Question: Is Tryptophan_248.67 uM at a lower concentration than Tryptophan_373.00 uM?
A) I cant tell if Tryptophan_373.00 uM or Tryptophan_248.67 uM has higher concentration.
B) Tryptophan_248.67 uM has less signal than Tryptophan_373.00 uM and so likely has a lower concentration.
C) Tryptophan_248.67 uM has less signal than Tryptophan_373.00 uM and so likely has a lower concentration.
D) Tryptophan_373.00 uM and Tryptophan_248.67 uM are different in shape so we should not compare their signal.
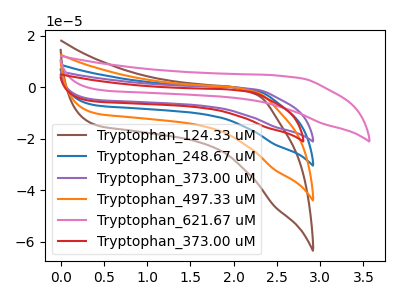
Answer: <think>The brown curve "Tryptophan_124.33 uM" has no peaks. The blue curve "Tryptophan_248.67 uM" has no peaks. The purple curve "Tryptophan_373.00 uM" has no peaks. The orange curve "Tryptophan_497.33 uM" has no peaks. The pink curve "Tryptophan_621.67 uM" has no peaks. The red curve "Tryptophan_373.00 uM" has no peaks.
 Neither "Tryptophan_373.00 uM" or "Tryptophan_248.67 uM" have any peaks.</think>
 <answer>A) I cant tell if "Tryptophan_373.00 uM" or "Tryptophan_248.67 uM" has higher concentration.</answer>
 <eval>A</eval>